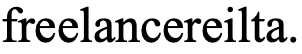
freelancereilta.